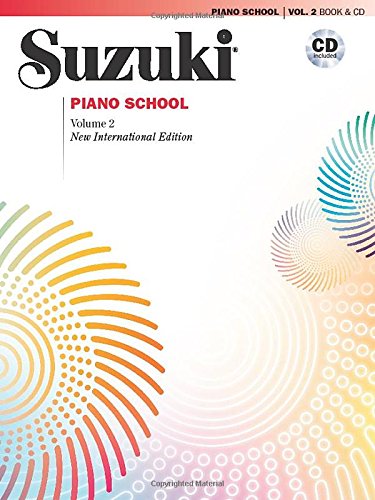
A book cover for Suzuki Piano School- New International Edition- Volume Two- (Book & CD) (Suzuki Method Core Materials); Dr. Suzuki; Arts & Photography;